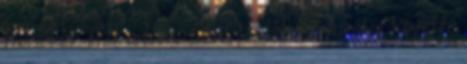
túlélőket. Ezt a hibát Saul, Izrael első királya követte